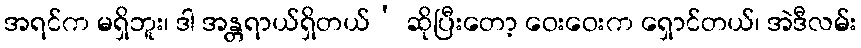
အရင်က မရှိဘူး၊ ဒါ အန္တရာယ်ရှိတယ်’ ဆိုပြီးတော့ ဝေးဝေးက ရှောင်တယ်၊ အဲဒီလမ်း